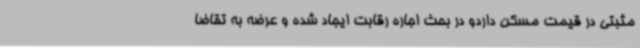
مثبتی در قیمت مسکن داردو در بحث اجاره رقابت ایجاد شده و عرضه به تقاضا